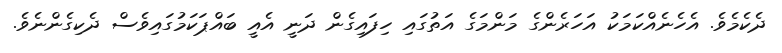
ދެކެމެވެ. އެހެނެއްކަމަކު އަހަރެންގެ މަންމަގެ އަތުގައި ހިފައިގެން ދަނީ އެއީ ބައްޕަކަމުގައިވެސް ދެކިގެންނެވެ.